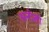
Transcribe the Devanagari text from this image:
सनीतो